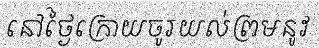
នៅថ្ងៃក្រោយចូរយល់ព្រមនូវ